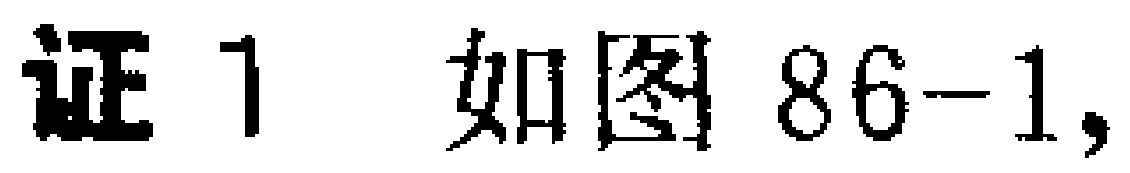
证1 如图86-1,